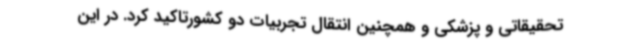
تحقیقاتی و پزشکی و همچنین انتقال تجربیات دو کشورتاکید کرد. در این